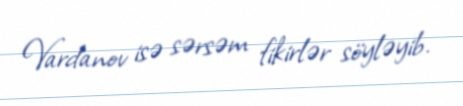
Vardanov isə sərsəm fikirlər söyləyib.